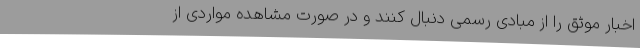
اخبار موثق را از مبادی رسمی دنبال کنند و در صورت مشاهده مواردی از